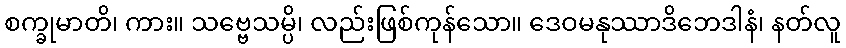
စက္ခုမာတိ၊ ကား။ သဗ္ဗေသမ္ပိ၊ လည်းဖြစ်ကုန်သော။ ဒေဝမနုဿာဒိဘေဒါနံ၊ နတ်လူ